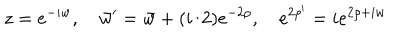
LaTeX: z = e ^ { - i w } , \quad \bar { w } ^ { \prime } = \bar { w } + ( i / 2 ) e ^ { - 2 \rho } , \quad e ^ { 2 \rho ^ { \prime } } = i e ^ { 2 \rho + i w }